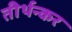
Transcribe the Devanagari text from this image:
तीर्थन्कर